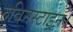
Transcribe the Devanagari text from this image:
रुबिनस्टाइन।